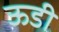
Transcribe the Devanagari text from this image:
ऊडी